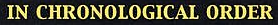
IN CHRONOLOGICAL ORDER